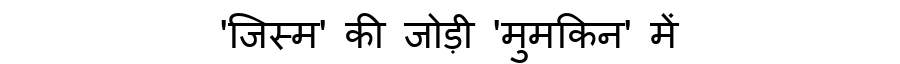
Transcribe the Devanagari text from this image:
'जिस्म' की जोड़ी 'मुमकिन' में